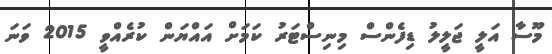
މޫސާ އަލީ ޖަލީލު ޑިފެންސް މިނިސްޓަރު ކަމަށް އައްޔަން ކުރެއްވީ 2015 ވަނަ